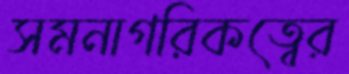
সমনাগরিকত্বের